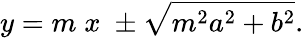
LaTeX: y=m\; x\; \pm{\sqrt{m^{2}a^{2}+b^{2}}}.